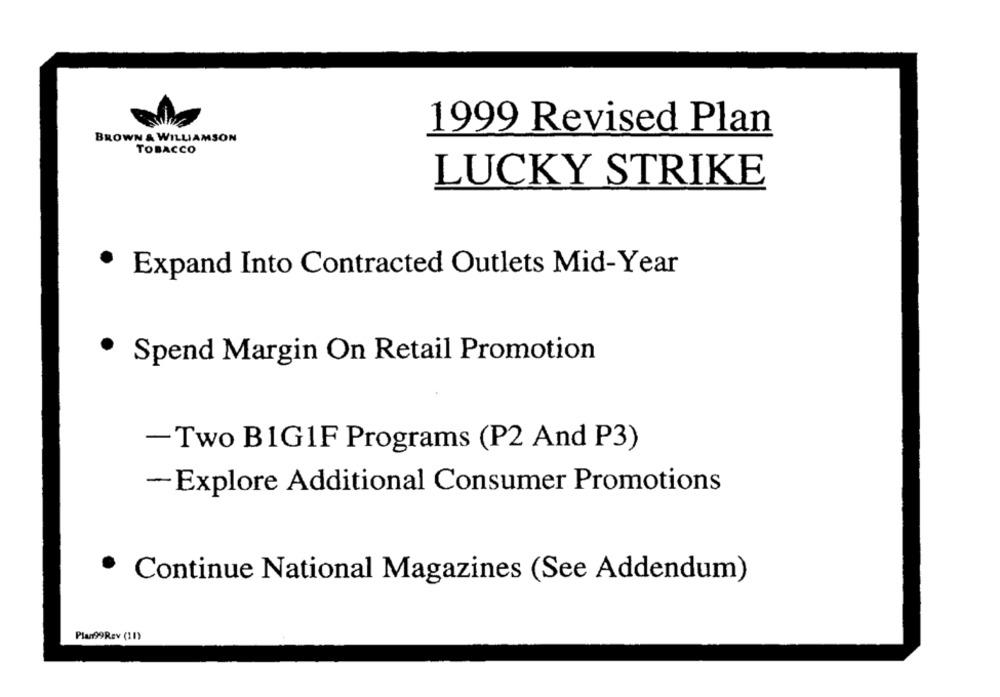
1999 Revised Plan
BROWN & WILLIAMSON
TOBACCO
LUCKY STRIKE
· Expand Into Contracted Outlets Mid-Year
Spend Margin On Retail Promotion
-Two B1G1F Programs (P2 And P3)
-Explore Additional Consumer Promotions
· Continue National Magazines (See Addendum)
Plan99Rev (11)